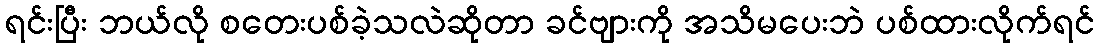
ရင်းပြီး ဘယ်လို စတေးပစ်ခဲ့သလဲဆိုတာ ခင်ဗျားကို အသိမပေးဘဲ ပစ်ထားလိုက်ရင်